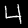
Label: 4